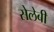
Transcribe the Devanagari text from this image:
सेलेबी